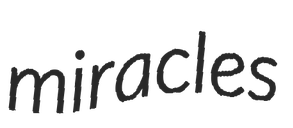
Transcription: miracles